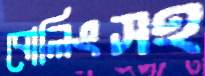
বোলিংসহ